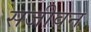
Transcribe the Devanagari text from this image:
सजीवन